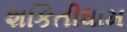
શકિતીધામ